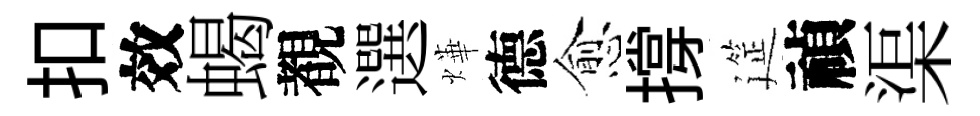
扣效蝎覩選燁德愈撐筵禎渠